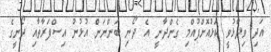
އަދި ވިދާޅުވީ ކަޅުއޮށްފުއްމި ގެންދާނީ އެ ދޯނި ބަންނަން އުޅުނު އިސްފަރާތާއި ދޯނީގެ